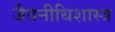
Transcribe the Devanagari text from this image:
जैवनीथिशास्त्र